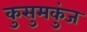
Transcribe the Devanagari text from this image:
कुसुमकुंज